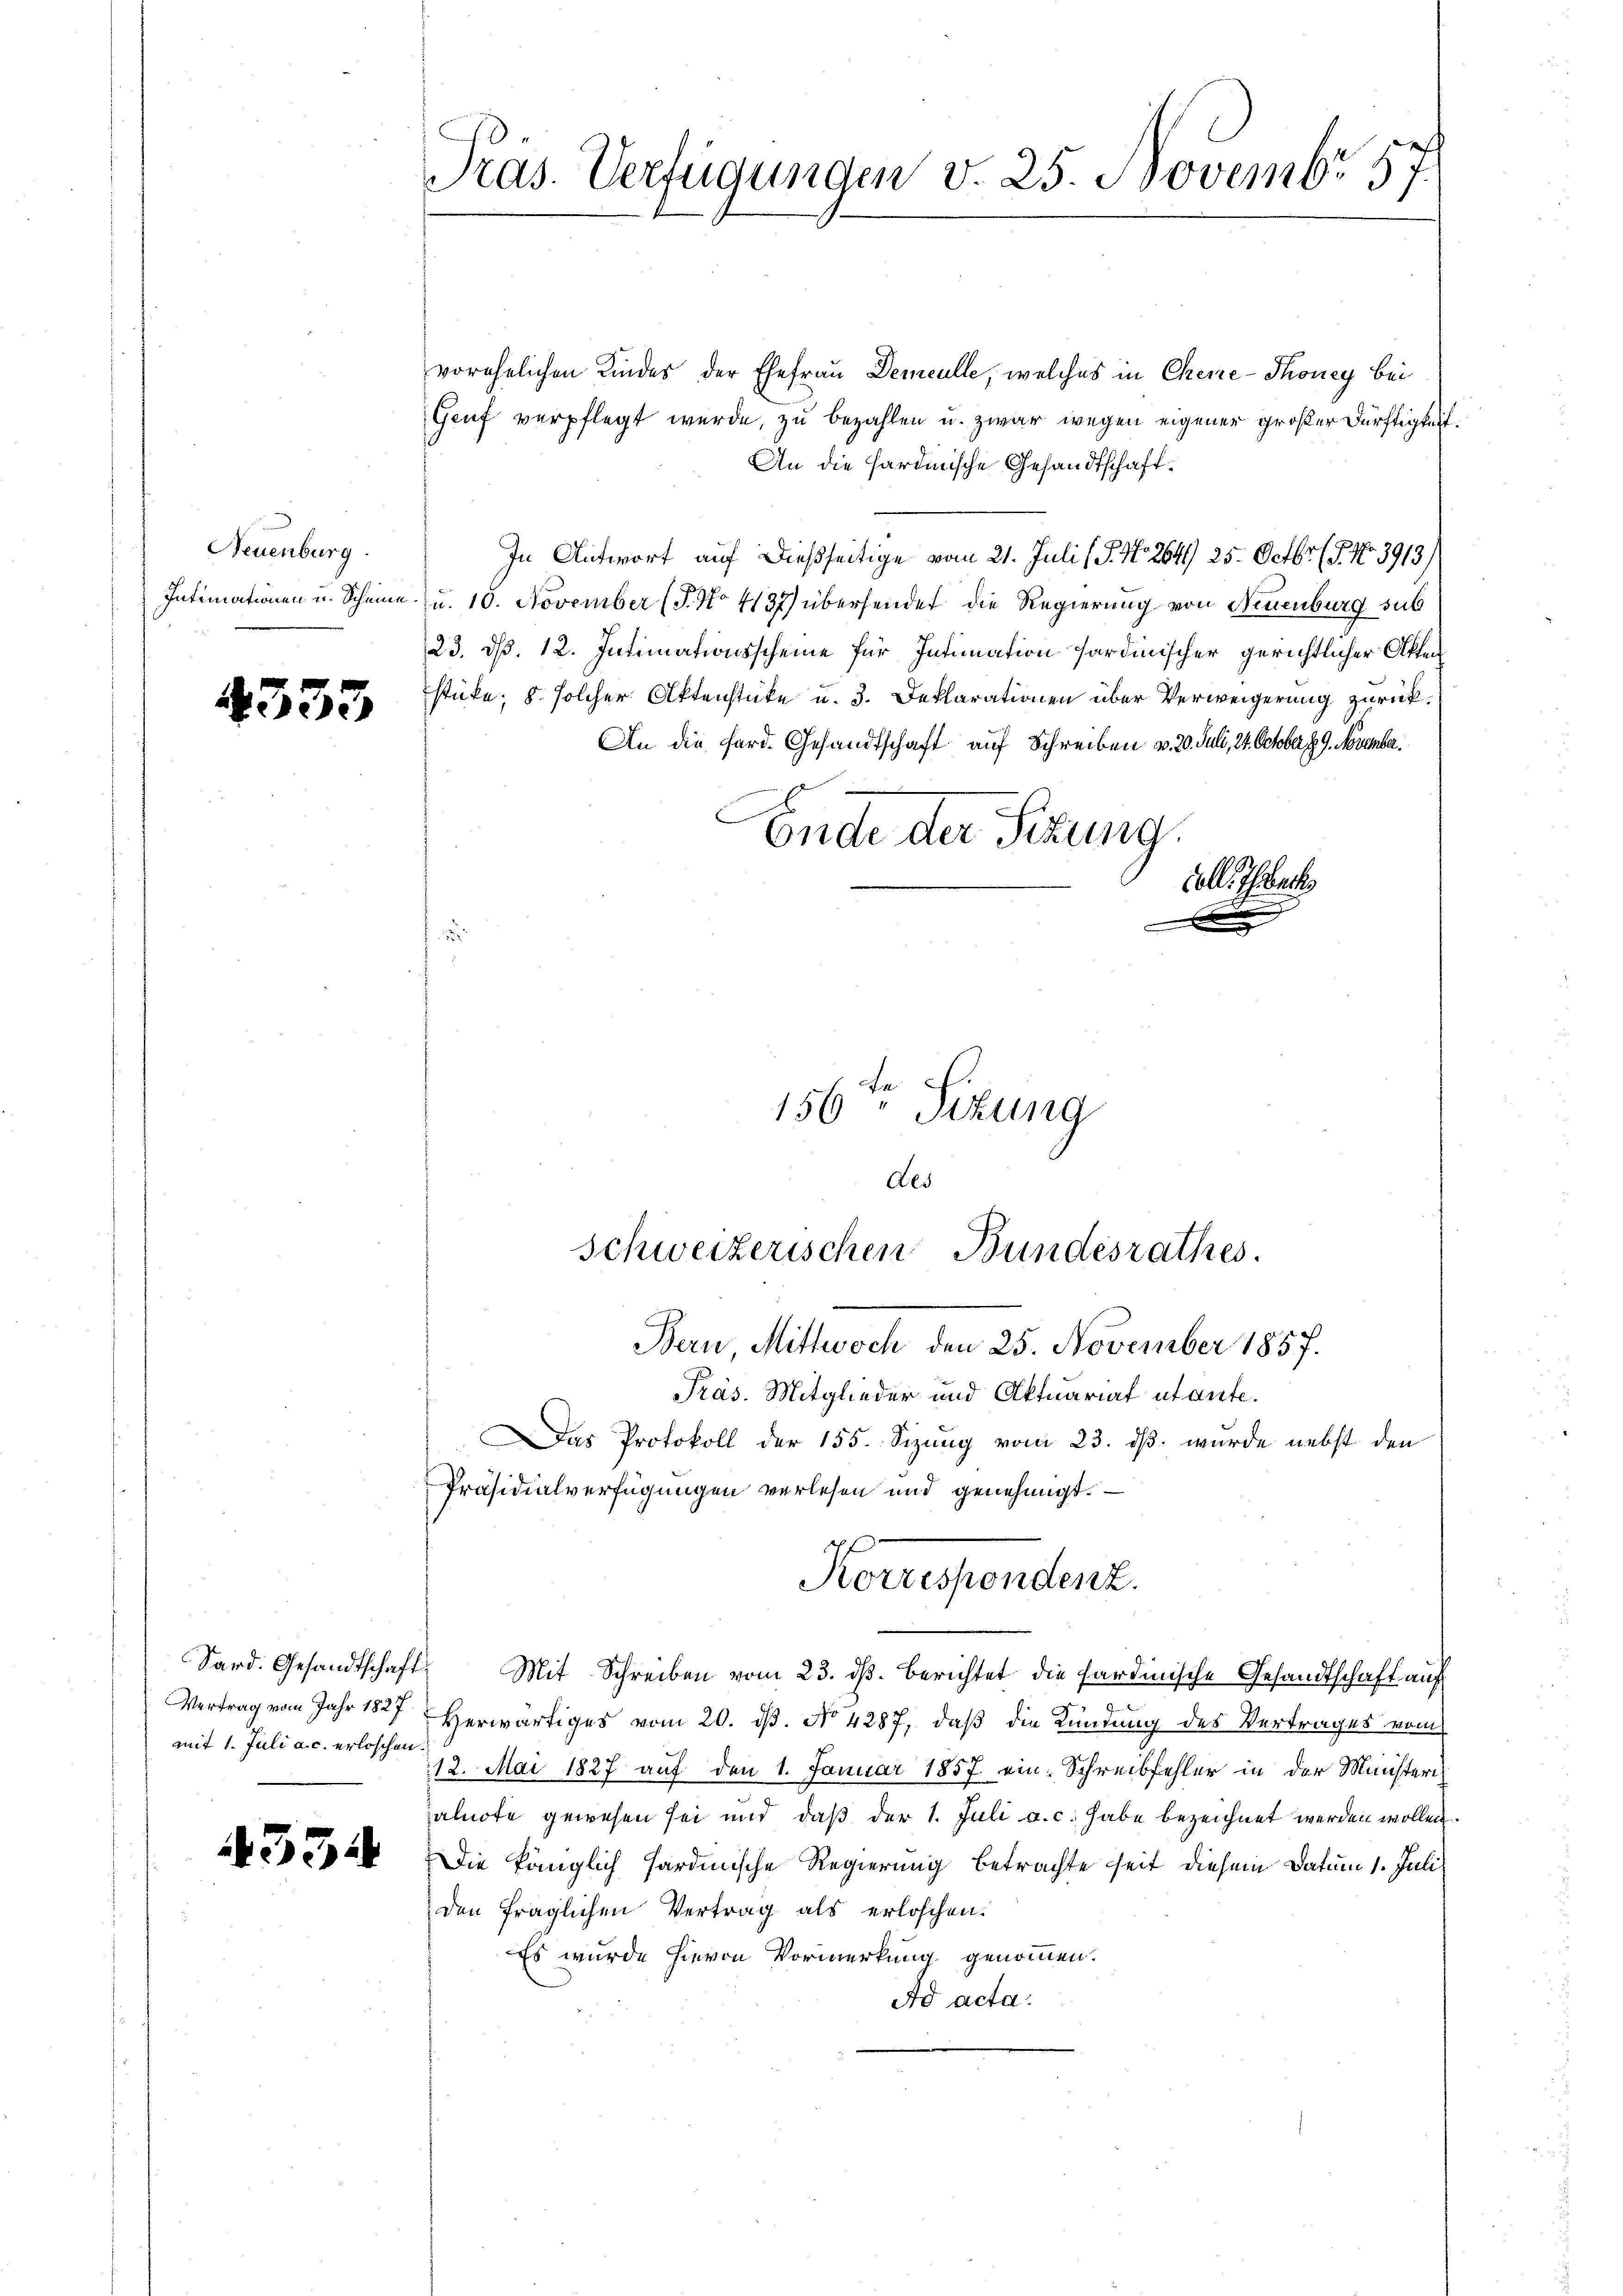
Neuenburg.

4333

mit 1. Juli a. c. erloschen

Präs. Verfügungen v. 25. Novembr 57.

vorehelichen Kindes der Ehefrau Demeulle, welches in Chene-Thoney bei
Genf verpflegt wurde, zu bezahlen u. zwar wegen eigener großer Dürftigkeit.
An die Hardinische Gesandtschaft.
In Antwort auf dießseitige vom 21. Juli l. J. N. 264. 25. Octbr. (T. No 3913/
Intimationen u. Scheine u. 10. November (T. No 4137) übersendet die Regierung von Neuenburg sub
23. dß. 12. Intimationsscheine für Intimation fardinischer gerichtlicher Akten
sticke, 8. solcher Aktenstücke u. 3. Deklarationen über Verweigerung zurück.
An die Ferd. Gesandtschaft auf Schreiben v. 20. Juli, 24. October 29. November.
Das Protokoll der 155. Sizung vom 23. ds. wurde nebst den
Präsidialverfügungen verlesen und genehmigt.
Korrespendenz.
Sard. Gesandtschaft
Mit Schreiben vom 23. ds. berichtet die sardinische Gesandtschaft auf
Vertrag vom Jahr 1827
Herwärtiges vom 20. ds. No 4287, daß die Kündung des Vertrages vom
12. Mai 1827 auf den 1. Januar 1857 ein Schreibfehler in der Ministeri
alnote gewesen sei und daß der 1. Juli a. c. habe bezeichnet werden wollen.
 Die königlich sardinische Regierung betrachte seit diesem Datum 1. Juli
den fraglichen Vertrag als erloschen.
Es wurde hievon Vormerkung genommen.
Ad acta.

Ende der Sizung.
v. l. Theate

156ten Sizung
des
Schweizerischen Bundesrathes.
Bern, Mittwoch den 25. November 1857.
Präs. Mitglieder und Aktuariat utante.